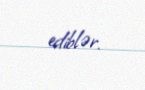
ediblər.